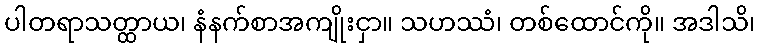
ပါတရာသတ္ထာယ၊ နံနက်စာအကျိုးငှာ။ သဟဿံ၊ တစ်ထောင်ကို။ အဒါသိ၊